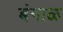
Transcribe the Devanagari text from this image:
बंगाळ